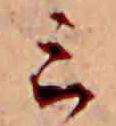
ミ